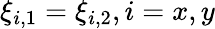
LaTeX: \xi_{i,1}=\xi_{i,2},i=x,y